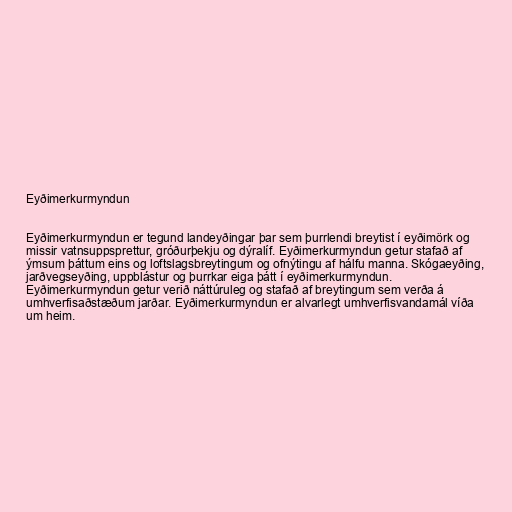
Eyðimerkurmyndun

Eyðimerkurmyndun er tegund landeyðingar þar sem þurrlendi breytist í eyðimörk og
missir vatnsuppsprettur, gróðurþekju og dýralíf. Eyðimerkurmyndun getur stafað af
ýmsum þáttum eins og loftslagsbreytingum og ofnýtingu af hálfu manna. Skógaeyðing,
jarðvegseyðing, uppblástur og þurrkar eiga þátt í eyðimerkurmyndun.
Eyðimerkurmyndun getur verið náttúruleg og stafað af breytingum sem verða á
umhverfisaðstæðum jarðar. Eyðimerkurmyndun er alvarlegt umhverfisvandamál víða
um heim.